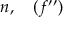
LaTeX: n , \quad ( f ^ { \prime \prime } ) \,